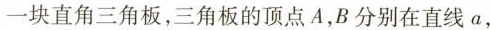
一块直角三角板，三角板的顶点A，B分别在直线a，